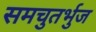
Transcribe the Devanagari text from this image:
समचुतर्भुज